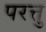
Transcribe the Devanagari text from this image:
परत्तु